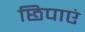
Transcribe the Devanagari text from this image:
छिपाएं